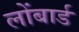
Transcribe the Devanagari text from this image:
लोंबार्ड